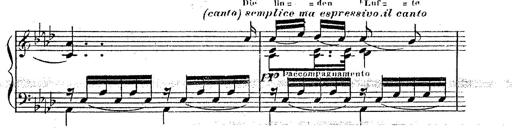
Title: 12 Lieder von Franz Schubert
Composer: Franz Liszt